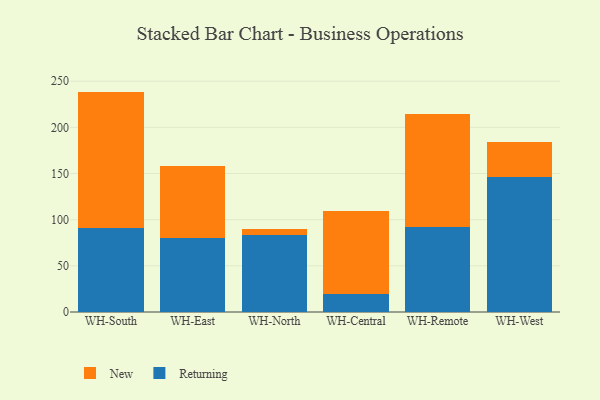
{"axis": {"x": "Warehouse", "y": "Conversion Rate (%)"}, "legend": ["New", "Returning"], "data": [{"x": "WH-South", "y": 90.9, "type": "Returning"}, {"x": "WH-South", "y": 147.8, "type": "New"}, {"x": "WH-East", "y": 80.6, "type": "Returning"}, {"x": "WH-East", "y": 78.0, "type": "New"}, {"x": "WH-North", "y": 83.6, "type": "Returning"}, {"x": "WH-North", "y": 6.7, "type": "New"}, {"x": "WH-Central", "y": 19.3, "type": "Returning"}, {"x": "WH-Central", "y": 90.3, "type": "New"}, {"x": "WH-Remote", "y": 91.6, "type": "Returning"}, {"x": "WH-Remote", "y": 122.5, "type": "New"}, {"x": "WH-West", "y": 146.7, "type": "Returning"}, {"x": "WH-West", "y": 37.2, "type": "New"}]}